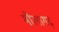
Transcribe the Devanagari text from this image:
मौलागढ़